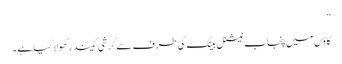
”
گاؤں میں پنجاب نیشنل بینک کی طرف سے کرشی کیندر کھولا گیا ہے۔